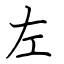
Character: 左